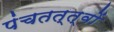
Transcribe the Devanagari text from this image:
पंचतत्त्वों